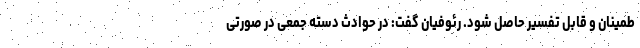
طمینان و قابل تفسیر حاصل شود. رئوفیان گفت: در حوادث دسته جمعی در صورتی